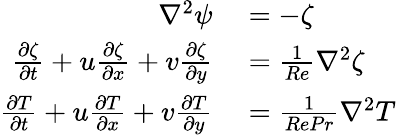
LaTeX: \begin{array}{rl}{\nabla^{2}\psi}&{{}=-\zeta}\\ {\frac{\partial\zeta}{\partial t}+u\frac{\partial\zeta}{\partial x}+v\frac{\partial\zeta}{\partial y}}&{{}=\frac{1}{Re}\nabla^{2}\zeta}\\ {\frac{\partial T}{\partial t}+u\frac{\partial T}{\partial x}+v\frac{\partial T}{\partial y}}&{{}=\frac{1}{RePr}\nabla^{2}T}\end{array}